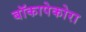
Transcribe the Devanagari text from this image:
बॉकापेकोरा